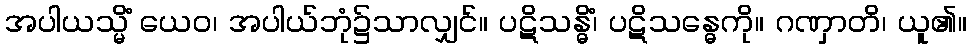
အပါယသ္မိံ ယေဝ၊ အပါယ်ဘုံ၌သာလျှင်။ ပဋိသန္ဓိံ၊ ပဋိသန္ဓေကို။ ဂဏှာတိ၊ ယူ၏။